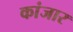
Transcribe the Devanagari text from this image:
कांजार